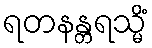
ရတနန္တရသ္မိံ